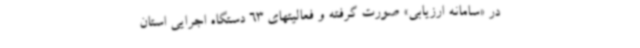
در «سامانه ارزیابی» صورت گرفته و فعالیتهای 63 دستگاه اجرایی استان